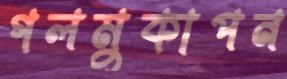
গলমুকাপন